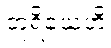
တူရိယေဟိ